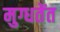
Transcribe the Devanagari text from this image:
मुग्धतेंत